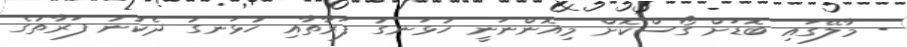
- މާލޭގައި ބޮޑަށް ގޯސްކޮށް މިއޮންނަނީ ހުޅަނގު ފަރާތާއި ހުޅަނގު ދެކުނު ފަރާތުގެ